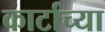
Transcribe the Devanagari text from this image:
कार्टाच्या